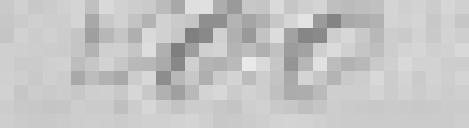
200